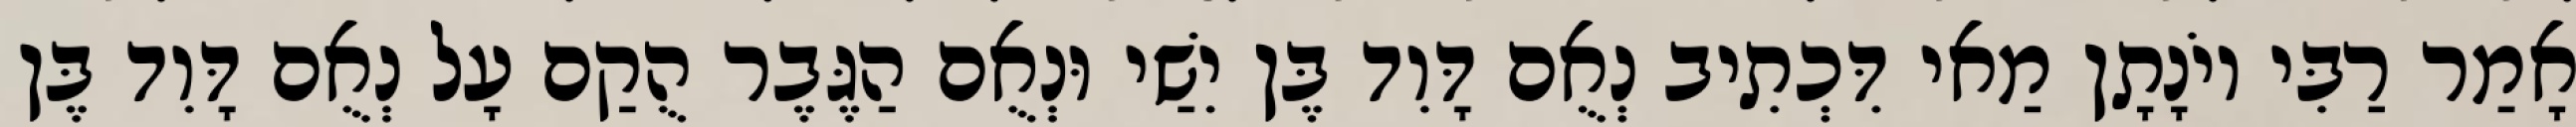
אָמַר רַבִּי יוֹנָתָן מַאי דִּכְתִיב נְאֻם דָּוִד בֶּן יִשַׁי וּנְאֻם הַגֶּבֶר הֻקַם עָל נְאֻם דָּוִד בֶּן